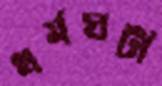
ধর্মঘটী